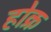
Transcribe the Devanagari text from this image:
होक्र